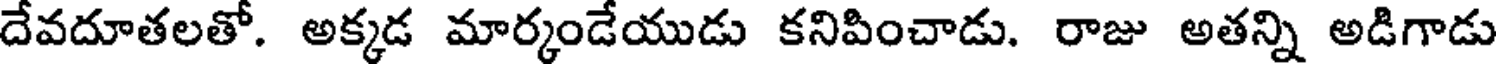
దేవదూతలతో. అక్కడ మార్కండేయుడు కనిపించాడు. రాజు అతన్ని అడిగాడు